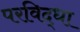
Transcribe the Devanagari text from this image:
परविद्धा